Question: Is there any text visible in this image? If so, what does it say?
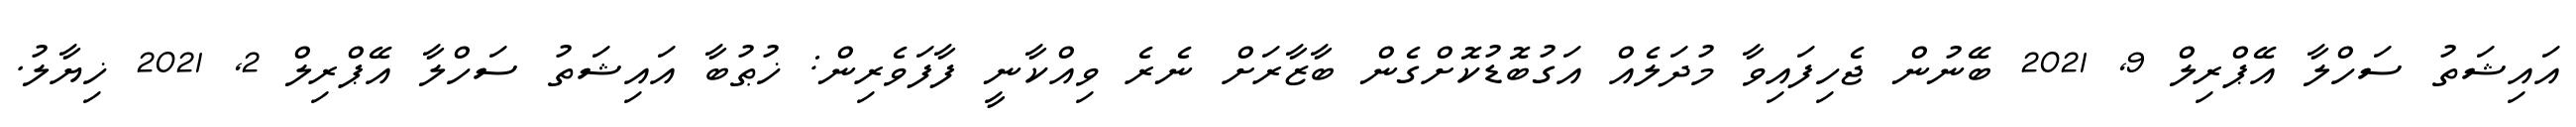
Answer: އައިޝަތު ސަހްލާ އޭޕްރިލް 9, 2021 ބޭނުން ޖެހިފައިވާ މުދަލެއް އަގުބޮޑުކޮށްގެން ބާޒާރަށް ނެރެ ވިއްކާނީ ފާފަވެރިން: ޚުޠުބާ އައިޝަތު ސަހްލާ އޭޕްރިލް 2, 2021 ޚިޔާލު.